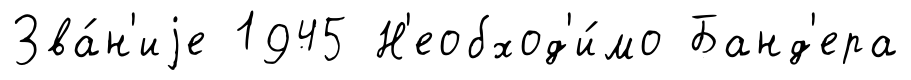
Зва́н'иjе 1945 Н'еобход'и́мо Банд'ера